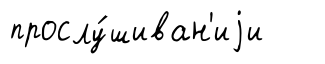
прослу́шиван'иjи